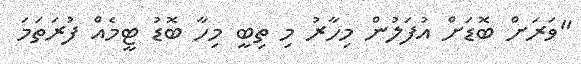
"ވަރަށް ބޮޑަށް އުފަލުން މިހާރު މި ތިބީ މިހާ ބޮޑު ޓީމެއް ފުރަތަމަ